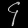
Digit: ၄